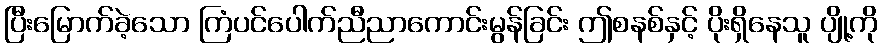
ပြီးမြောက်ခဲ့သော ကြံပင်ပေါက်ညီညာကောင်းမွန်ခြင်း ဤစနစ်နှင့် ပိုးရှိနေသူ ပျို့ကို